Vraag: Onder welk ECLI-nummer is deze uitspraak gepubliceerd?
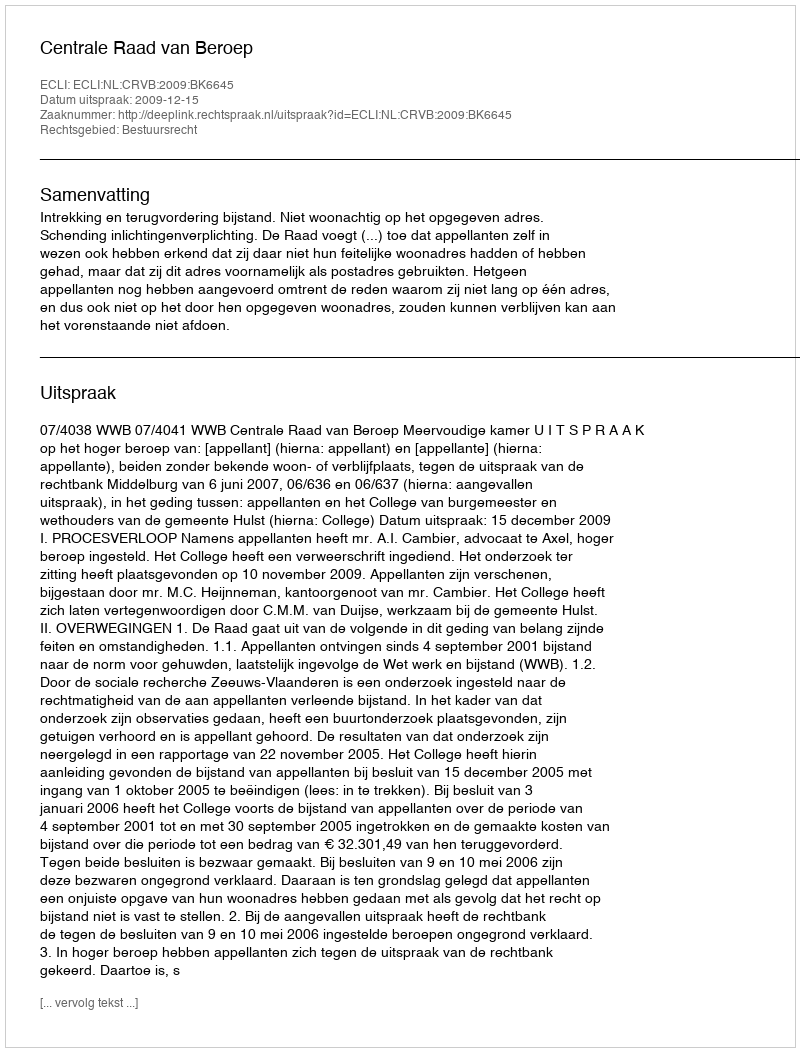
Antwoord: ECLI:NL:CRVB:2009:BK6645